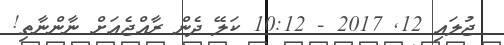
ޖުލައި 12